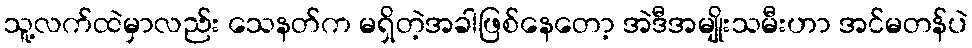
သူ့လက်ထဲမှာလည်း သေနတ်က မရှိတဲ့အခါဖြစ်နေတော့ အဲဒီအမျိုးသမီးဟာ အင်မတန်ပဲ